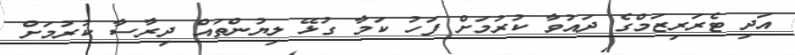
އަދި ޓެރަރިޒަމްގެ ދައުވާ ކުރުމަށް ފަހު ކަމާ ގުޅޭ ލިޔުންތައް ދިރާސާ ކުރުމަށް